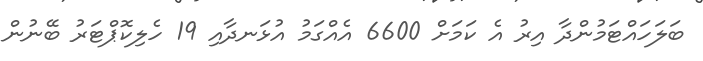
ބަލަހައްޓަމުންދާ އިރު އެ ކަމަށް 6600 އެއްގަމު އުޅަނދާއި 19 ހެލިކޮޕްޓަރު ބޭނުން